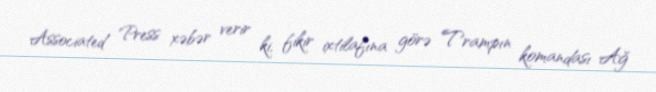
Associated Press xəbər verir ki, fikir ixtilafına görə Trampın komandası Ağ